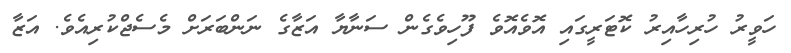
ހަވީރު ހުރިހާއިރު ކޮޓަރީގައި އޮވެއޮވެ ފޫހިވެގެން ސަނާޔާ އަޒާގެ ނަންބަރަށް މެސެޖްކުރިއެވެ. އަޒާ